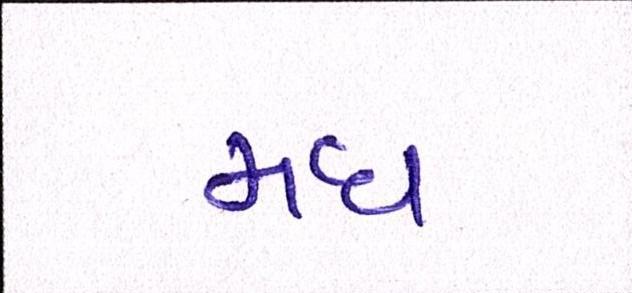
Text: મધ